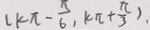
( k \pi - \frac { 5 } { 6 } , k \pi + \frac { \pi } { 3 } )